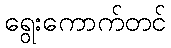
ရွေးကောက်တင်